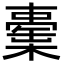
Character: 㯱